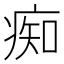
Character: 痴